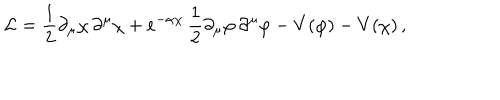
{ \cal L } = \frac { 1 } { 2 } \partial _ { \mu } \chi \, \partial ^ { \mu } \chi + e ^ { - \alpha \chi } \, \frac { 1 } { 2 } \partial _ { \mu } \varphi \, \partial ^ { \mu } \varphi - V ( \varphi ) - V ( \chi ) \, ,